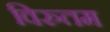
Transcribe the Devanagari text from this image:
विरुतम